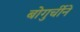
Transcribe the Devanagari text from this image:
बोगुर्चीने